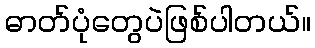
ဓာတ်ပုံတွေပဲဖြစ်ပါတယ်။